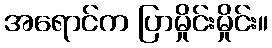
အရောင်က ပြာမှိုင်းမှိုင်း။